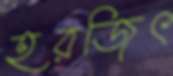
হরজিৎ